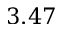
3 . 4 7